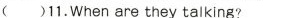
()11.When are they talking?